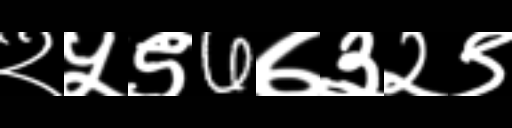
Text: २५९6७३२९